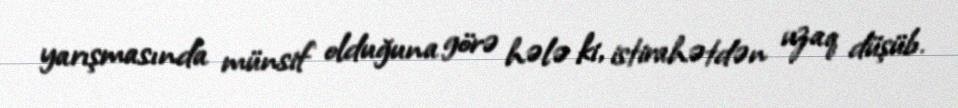
yarışmasında münsif olduğuna görə hələ ki, istirahətdən uzaq düşüb.